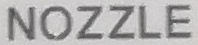
NOZZLE